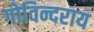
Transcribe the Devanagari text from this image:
गोविन्दराय